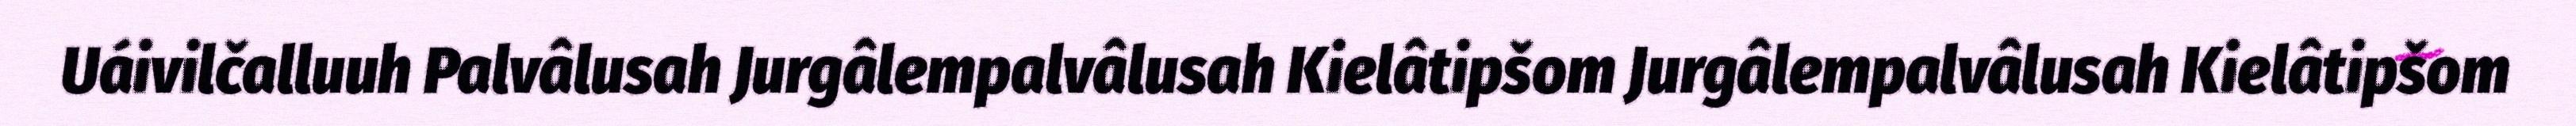
Uáivilčalluuh Palvâlusah Jurgâlempalvâlusah Kielâtipšom Jurgâlempalvâlusah Kielâtipšom